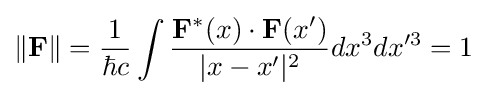
\|\mathbf {F} \|={1 \over \hbar c}\int {\mathbf {F} ^{*}(x)\cdot \mathbf {F} (x') \over |x-x'|^{2}}dx^{3}dx'^{3}=1